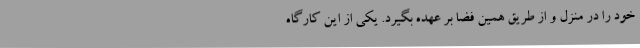
خود را در منزل و از طریق همین فضا بر عهده بگیرد. یکی از این کارگاه